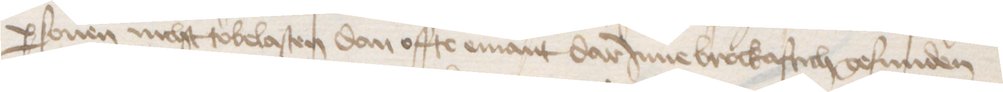
personen nicht tobelasten dan offte emant darJnne brockaftich gefunden